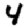
Digit: 4